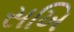
સખિ